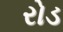
રોડ